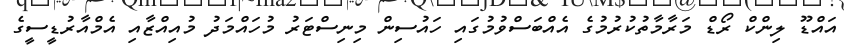
އައްޑޫ ލިންކް ރޯޑް މަރާމާތުކުރުމުގެ އެއްބަސްވުމުގައި ހައުސިން މިނިސްޓަރު މުހައްމަދު މުއިއްޒާއި އެމްއާރުޑީސީގެ